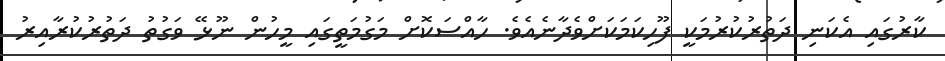
ކާރުގައި އެކަނި ދަތުރުކުރުމަކީ ފޫހިކަމަކަށްވެދާނެއެވެ. ހާއްސަކޮށް މަގުމަތީގައި މީހުން ނޫޅޭ ވަގުތު ދަތުރުކުރާއިރު